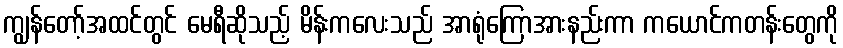
ကျွန်တော့်အထင်တွင် မေရီဆိုသည့် မိန်းကလေးသည် အာရုံကြောအားနည်းကာ ကယောင်ကတန်းတွေကို